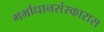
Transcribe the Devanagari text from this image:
गर्भाधानसंस्कारास